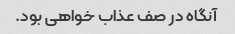
آنگاه در صف عذاب خواهی بود.